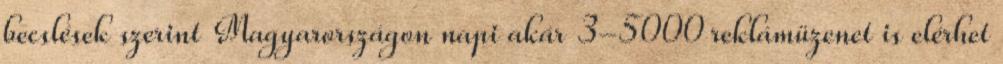
becslések szerint Magyarországon napi akár 3-5000 reklámüzenet is elérhet